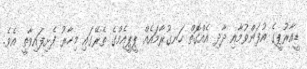
ޑީއާރުޕީގެ އުފަންވުމާއި ދާދި އެއްގޮތް ހަނގުރާމައެއް ޕީޕީއެމްގެ ތެރޭގައި މިހާރު ފެށިފައިވާތީ އެވެ.